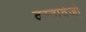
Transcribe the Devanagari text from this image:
दस्तावेजो़